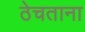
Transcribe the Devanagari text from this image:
ठेचताना